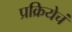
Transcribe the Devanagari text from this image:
प्रक्रियेचं